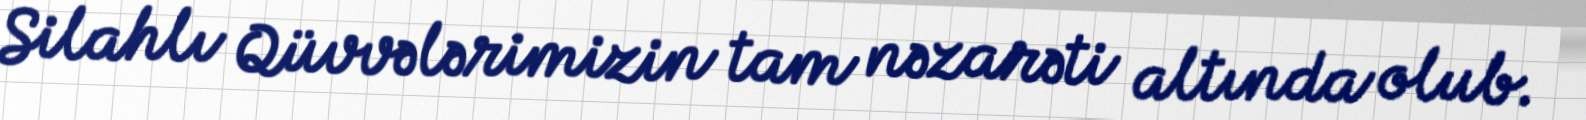
Silahlı Qüvvələrimizin tam nəzarəti altında olub.